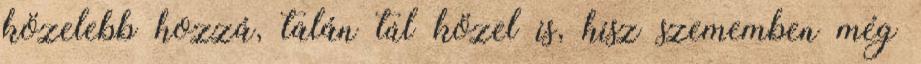
közelebb hozzá, talán túl közel is, hisz szememben még